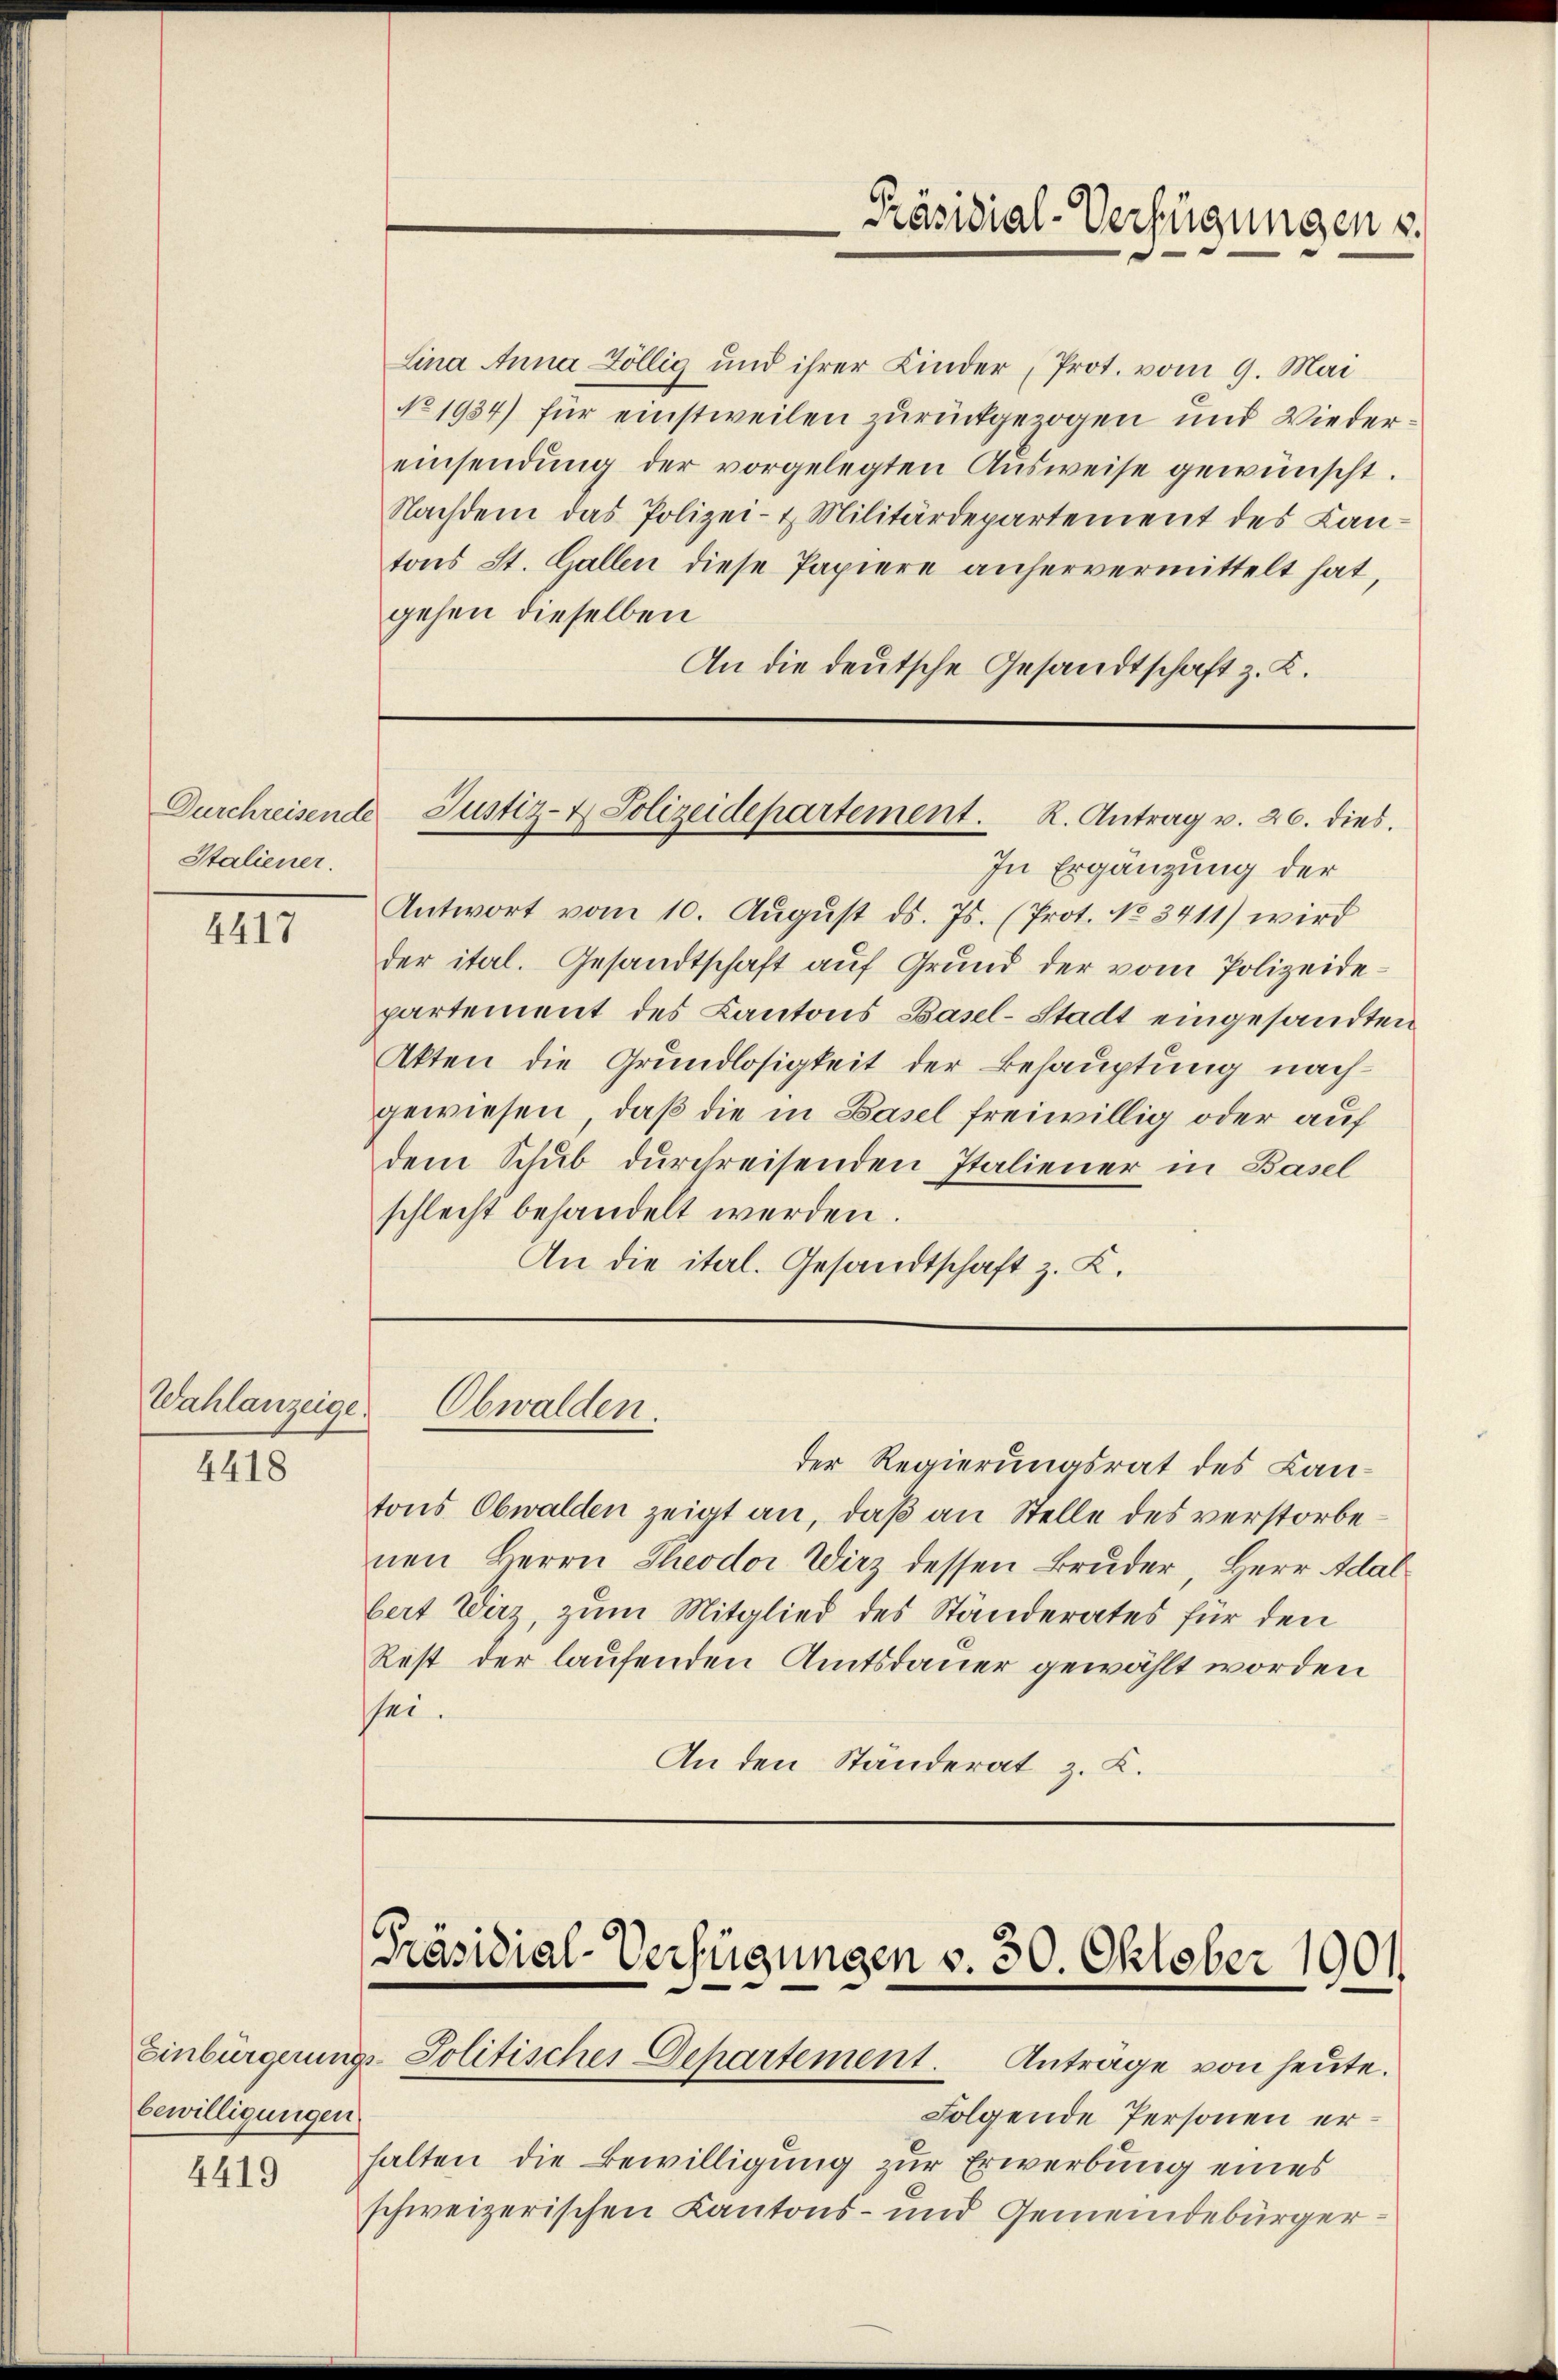
Staliener.

4417

Wahlanzeige

4418

bewilligungen.
4419

Lina Anna Zöllig und ihrer Kinder, Prot. vom 9. Mai
No 1934) für einstweilen zurückgezogen und Wieder:
einsendŭng der vorgelegten Aŭsweise gewünscht.
Nachdem das Polizei- & Militärdepartement des Kantons St. Gallen diese Papiere anhervermittelt hat,
gehen dieselben
An die deutsche Gesandtschaft z. K.

Durchreisende Justiz- & Polizeidepartement. R. Antrag u. 26. dies

In Ergänzung der
Antwort vom 10. Aŭgŭst ds. Js. (Prot. No. 3411) wird
der ital. Gesandtschaft auf Grund der vom Polizeidepartement des Kantons Basel-Stadt eingesandten
Akten die Grundlosigkeit der Behauptung nachgewiesen, daß die in Basel freiwillig oder auf
dem Schub durchreisenden Italiener in Basel
schlecht behandelt werden.
An die ital. Gesandtschaft z. Z.

Obwalden.

der Regierungsrat des Lantons Obwalden zeigt an, daß an Stelle des verstorbenen Herrn Theodor Wirz dessen Bruder, Herr Adalbert Wirz, zum Mitglied des Ständerates für den
Rest der laufenden Amtsdauer gewählt worden
sei.
An den Ständerat z. K.

Präsidial-Verfügungen v. 30. Oktober 1901.
Einbürgerungs-Politisches Departement. Anträge von heute.

Präsidial-Verfügungen s

Folgende Personen erhalten die Bewilligung zur Erwerbung eines
schweizerischen Kantons- und Gemeindebürger¬